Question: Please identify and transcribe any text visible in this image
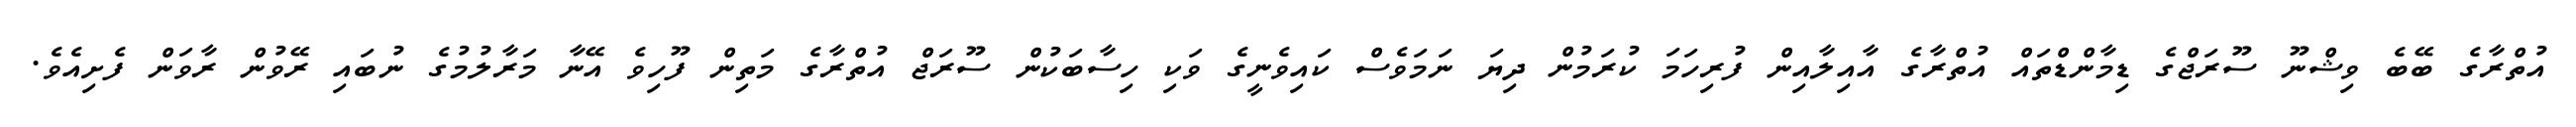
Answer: އުތްރާގެ ބޭބެ ވިޝްނޫ ސޫރަޖްގެ ޑިމާންޑްތައް އުތްރާގެ އާއިލާއިން ފުރިހަމަ ކުރަމުން ދިޔަ ނަމަވެސް ކައިވެނީގެ ވަކި ހިސާބަކުން ސޫރަޖް އުތްރާގެ މަތިން ފޫހިވެ އޭނާ މަރާލުމުގެ ނުބައި ރޭވުން ރާވަން ފެށިއެވެ.